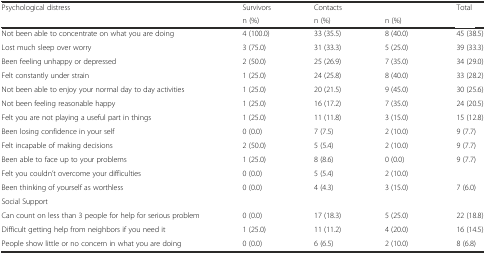
<table><thead><tr><td rowspan="2"><b>Psychological distress</b></td><td><b>Survivors</b></td><td><b>Contacts</b></td><td>[EMPTY_CELL]</td><td><b>Total</b></td></tr><tr><td><b>n (%)</b></td><td><b>n (%)</b></td><td><b>n (%)</b></td><td>[EMPTY_CELL]</td></tr></thead><tbody><tr><td>Not been able to concentrate on what you are doing</td><td>4 (100.0)</td><td>33 (35.5)</td><td>8 (40.0)</td><td>45 (38.5)</td></tr><tr><td>Lost much sleep over worry</td><td>3 (75.0)</td><td>31 (33.3)</td><td>5 (25.0)</td><td>39 (33.3)</td></tr><tr><td>Been feeling unhappy or depressed</td><td>2 (50.0)</td><td>25 (26.9)</td><td>7 (35.0)</td><td>34 (29.0)</td></tr><tr><td>Felt constantly under strain</td><td>1 (25.0)</td><td>24 (25.8)</td><td>8 (40.0)</td><td>33 (28.2)</td></tr><tr><td>Not been able to enjoy your normal day to day activities</td><td>1 (25.0)</td><td>20 (21.5)</td><td>9 (45.0)</td><td>30 (25.6)</td></tr><tr><td>Not been feeling reasonable happy</td><td>1 (25.0)</td><td>16 (17.2)</td><td>7 (35.0)</td><td>24 (20.5)</td></tr><tr><td>Felt you are not playing a useful part in things</td><td>1 (25.0)</td><td>11 (11.8)</td><td>3 (15.0)</td><td>15 (12.8)</td></tr><tr><td>Been losing confidence in your self</td><td>0 (0.0)</td><td>7 (7.5)</td><td>2 (10.0)</td><td>9 (7.7)</td></tr><tr><td>Felt incapable of making decisions</td><td>2 (50.0)</td><td>5 (5.4)</td><td>2 (10.0)</td><td>9 (7.7)</td></tr><tr><td>Been able to face up to your problems</td><td>1 (25.0)</td><td>8 (8.6)</td><td>0 (0.0)</td><td>9 (7.7)</td></tr><tr><td>Felt you couldn’t overcome your difficulties</td><td>0 (0.0)</td><td>5 (5.4)</td><td>2 (10.0)</td><td>[EMPTY_CELL]</td></tr><tr><td>Been thinking of yourself as worthless</td><td>0 (0.0)</td><td>4 (4.3)</td><td>3 (15.0)</td><td>7 (6.0)</td></tr><tr><td>Social Support</td><td>[EMPTY_CELL]</td><td>[EMPTY_CELL]</td><td>[EMPTY_CELL]</td><td>[EMPTY_CELL]</td></tr><tr><td>Can count on less than 3 people for help for serious problem</td><td>0 (0.0)</td><td>17 (18.3)</td><td>5 (25.0)</td><td>22 (18.8)</td></tr><tr><td>Difficult getting help from neighbors if you need it</td><td>1 (25.0)</td><td>11 (11.2)</td><td>4 (20.0)</td><td>16 (14.5)</td></tr><tr><td>People show little or no concern in what you are doing</td><td>0 (0.0)</td><td>6 (6.5)</td><td>2 (10.0)</td><td>8 (6.8)</td></tr></tbody></table>